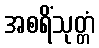
အစရိံသုတ္တံ